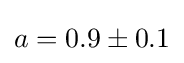
a=0.9\pm 0.1